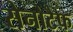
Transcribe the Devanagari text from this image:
सेनोटैफ